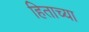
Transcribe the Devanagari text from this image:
हिताच्‍या